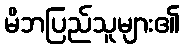
မိဘပြည်သူများ၏